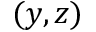
( y , z )